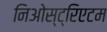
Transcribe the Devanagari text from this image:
निओस्ट्रिएटम